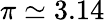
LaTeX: \pi\simeq 3.14